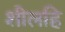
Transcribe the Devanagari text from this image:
शीलहि